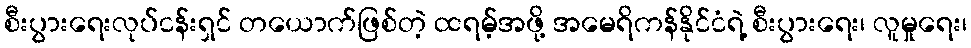
စီးပွားရေးလုပ်ငန်းရှင် တယောက်ဖြစ်တဲ့ ထရမ့်အဖို့ အမေရိကန်နိုင်ငံရဲ့ စီးပွားရေး၊ လူမှုရေး၊